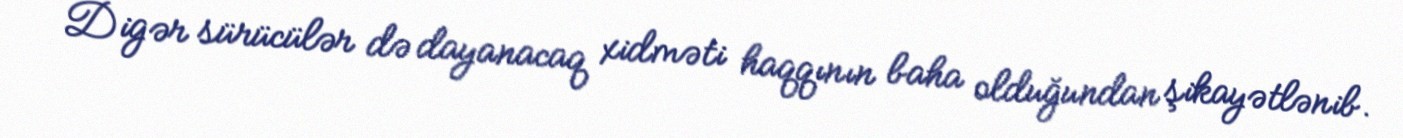
Digər sürücülər də dayanacaq xidməti haqqının baha olduğundan şikayətlənib.